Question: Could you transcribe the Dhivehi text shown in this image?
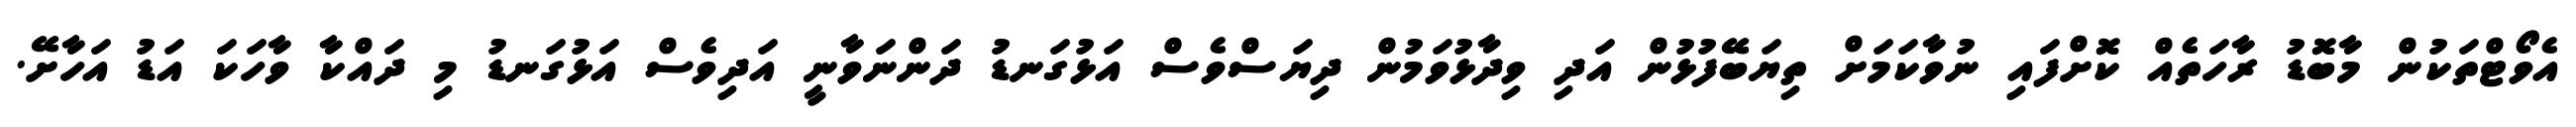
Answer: އެވޯޓްތަކުން މާބޮޑު ރާހަތެއް ކޮށްފައި ނުވާކަމަށް ތިޔަބޭފުޅުން އަދި ވިދާޅުވަމުން ދިޔަސްވެސް އަޅުގަނޑު ދަންނަވާނީ އަދިވެސް އަޅުގަނޑު މި ދައްކާ ވާހަކަ އަޑު އަހާށޭ.